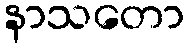
နာသတော